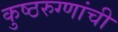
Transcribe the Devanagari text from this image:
कुष्ठरुग्णांची